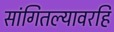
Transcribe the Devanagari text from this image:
सांगितल्यावरहि